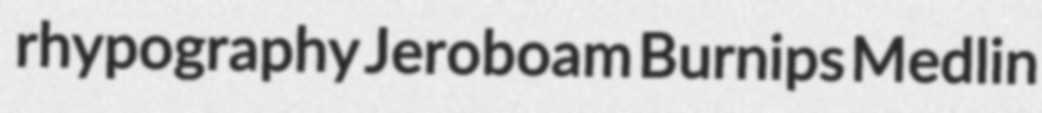
rhypography Jeroboam Burnips Medlin